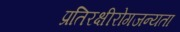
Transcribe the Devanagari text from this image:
प्रतिरक्षीरोगजन्यता